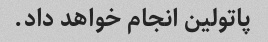
پاتولین انجام خواهد داد.